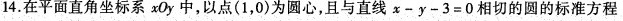
14.在平面直角坐标系x0y中，以点(1，0)为圆心，且与直线$$x - y - 3 = 0$$相切的圆的标准方程